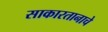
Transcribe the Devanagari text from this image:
साकारतानाचे